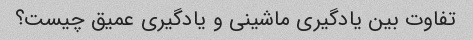
تفاوت بین یادگیری ماشینی و یادگیری عمیق چیست؟